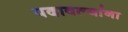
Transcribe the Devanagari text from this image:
पदावल्यांना